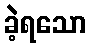
ခဲ့ရသော